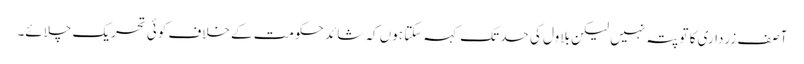
آصف زرداری کا تو پتہ نہیں لیکن بلاول کی حد تک کہہ سکتا ہوں کہ شائد حکومت کے خلاف کوئی تحریک چلائے۔